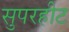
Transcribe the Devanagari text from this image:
सुपरहीट